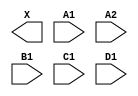
module sky130_fd_sc_lp__o2111a (
    X ,
    A1,
    A2,
    B1,
    C1,
    D1
);

    output X ;
    input  A1;
    input  A2;
    input  B1;
    input  C1;
    input  D1;

    // Voltage supply signals
    supply1 VPWR;
    supply0 VGND;
    supply1 VPB ;
    supply0 VNB ;

endmodule